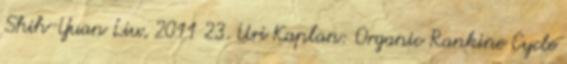
Shih-Yuan Liu, 2011 23. Uri Kaplan: Organic Rankine Cycle